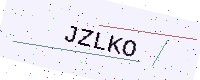
Text: JZLKO